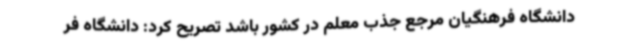
دانشگاه فرهنگیان مرجع جذب معلم در کشور باشد تصریح کرد: دانشگاه فر